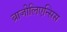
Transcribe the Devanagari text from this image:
ब्राजीलिएन्सिस